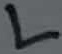
Text: L